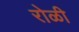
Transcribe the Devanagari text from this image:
रोळी